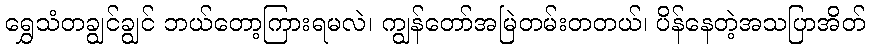
ရွှေသံတချွင်ချွင် ဘယ်တော့ကြားရမလဲ၊ ကျွန်တော်အမြဲတမ်းတတယ်၊ ပိန်နေတဲ့အသပြာအိတ်